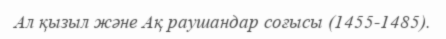
Ал қызыл және Ақ раушандар соғысы (1455-1485).